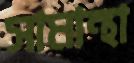
সামান্থা